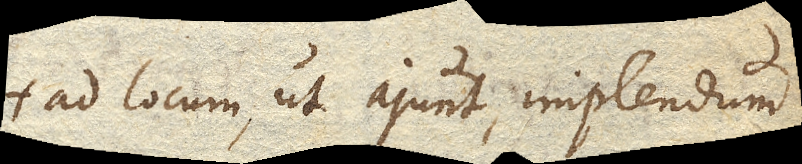
ad locum, ut ajunt, implendum;